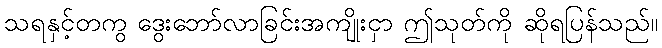
သရနှင့်တကွ ဒွေးဘော်လာခြင်းအကျိုးငှာ ဤသုတ်ကို ဆိုရပြန်သည်။